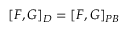
\left[ F , G \right] _ { D } = \left[ F , G \right] _ { P B }